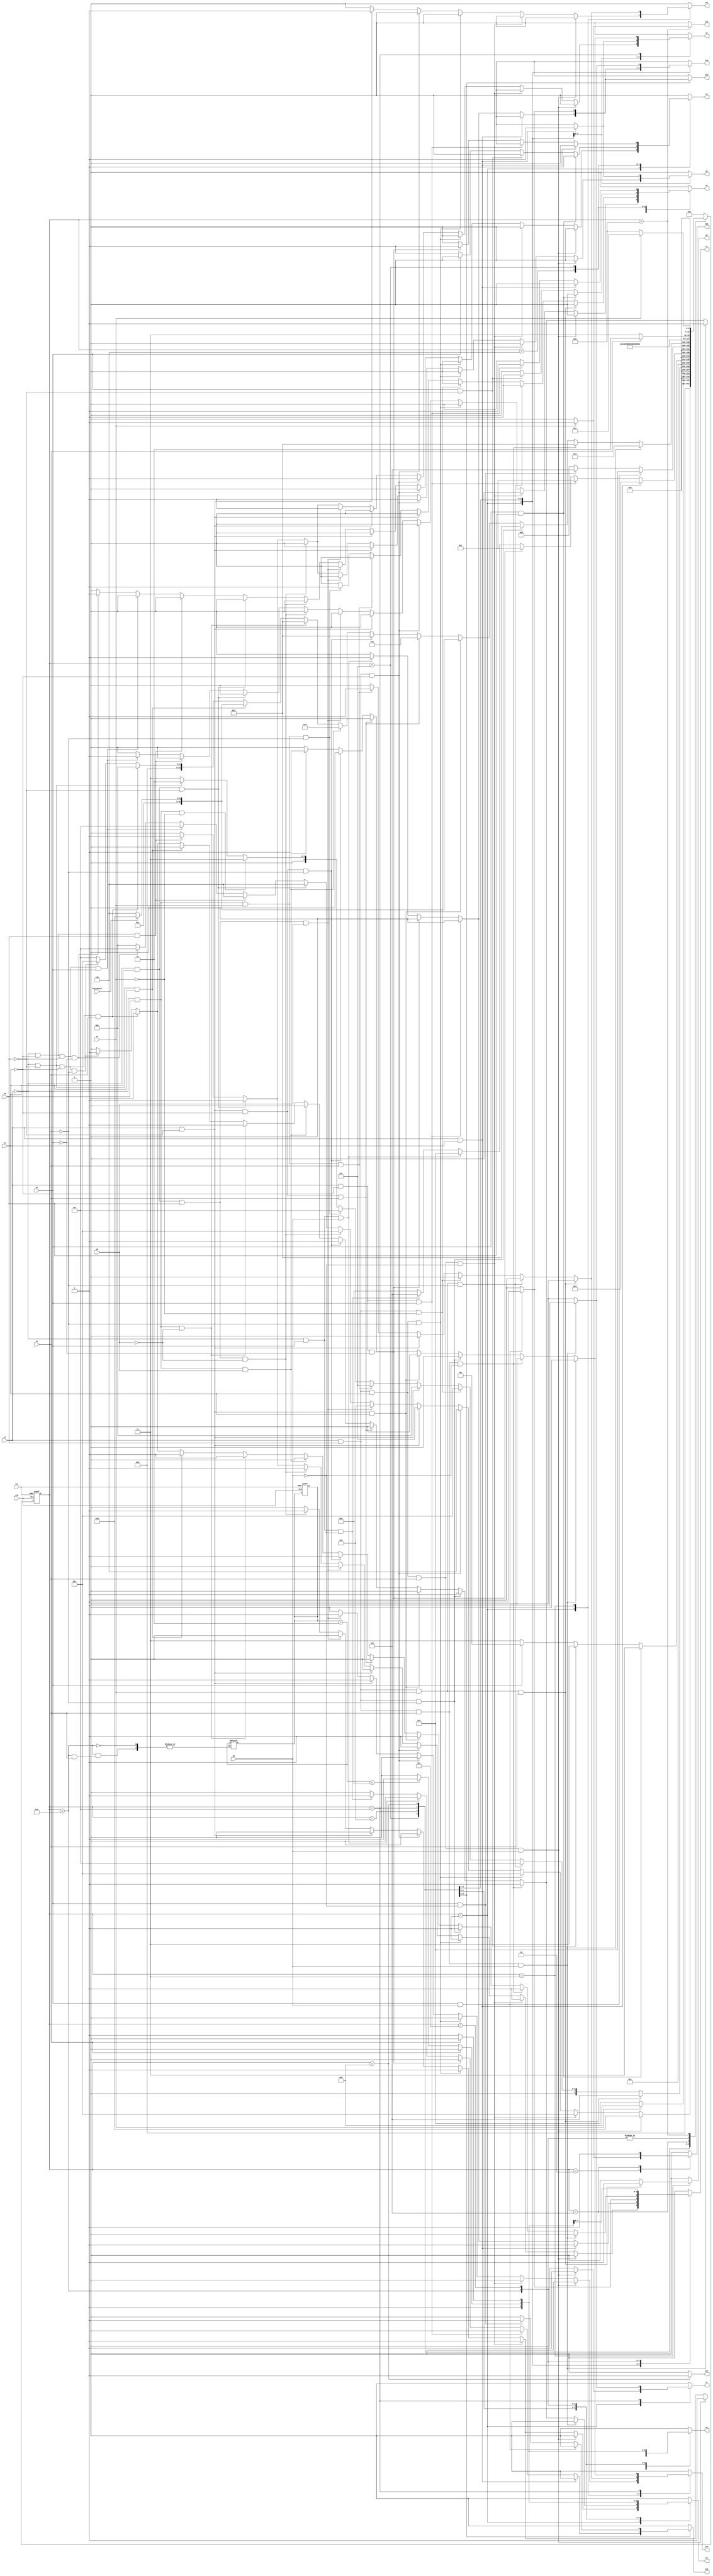
module e17 ( clk,rst,
	x1, x2, x3, x4, x5, x6, x7, x8, keyinput0, 
	y1, y2, y3, y4, y5, y6, y7, y8, y9, y10, y11, y12, y13, y14, y15,
	y16, y17);

input clk, rst, x1, x2, x3, x4, x5, x6, x7, x8, keyinput0;
output y1, y2, y3, y4, y5, y6, y7, y8, y9, y10, y11, y12, y13, y14, y15,
	y16, y17;
reg y1, y2, y3, y4, y5, y6, y7, y8, y9, y10, y11, y12, y13, y14, y15,
	y16, y17;

parameter s1=1, s2=2, s3=3, s4=4, s5=5, s6=6, s7=7, s8=8, s9=9, s10=10,	s11=11, s10_d=12;
integer pr_state;
integer nx_state;
integer trojan_count;

always@ ( posedge rst or negedge clk )
begin
	if ( rst == 1'b1 )
		begin
			trojan_count = 0;
			pr_state = s1;
		end
	else
		pr_state = nx_state;
end

always@ ( pr_state or x1 or x2 or x3 or x4 or x5 or x6 or x7 or x8 or keyinput0)
	begin
			y1 = 1'b0;	y2 = 1'b0;	y3 = 1'b0;	y4 = 1'b0;	
			y5 = 1'b0;	y6 = 1'b0;	y7 = 1'b0;	y8 = 1'b0;	
			y9 = 1'b0;	y10 = 1'b0;	y11 = 1'b0;	y12 = 1'b0;	
			y13 = 1'b0;	y14 = 1'b0;	y15 = 1'b0;	y16 = 1'b0;	
			y17 = 1'b0;	
		case ( pr_state )
				s1 : if( x7 && x8 && x1 && x3 && x6 )
						begin
							y7 = 1'b1;	y9 = 1'b1;	y15 = 1'b1;	
							nx_state = s2;
						end
					else if( x7 && x8 && x1 && x3 && ~x6 )
						begin
							y1 = 1'b1;	y8 = 1'b1;	y9 = 1'b1;	
							nx_state = s3;
						end
					else if( x7 && x8 && x1 && ~x3 )
						begin
							y1 = 1'b1;	y8 = 1'b1;	y9 = 1'b1;	
							nx_state = s3;
						end
					else if( x7 && x8 && ~x1 )
						begin
							y1 = 1'b1;	y2 = 1'b1;	y3 = 1'b1;	
							nx_state = s4;
						end
					else if( x7 && ~x8 )
						begin
							y10 = 1'b1;	y11 = 1'b1;	
							nx_state = s5;
						end
					else if( ~x7 && x1 && x8 && x5 )
						begin
							y2 = 1'b1;	y10 = 1'b1;	
							nx_state = s6;
						end
					else if( ~x7 && x1 && x8 && ~x5 )
						begin
							y1 = 1'b1;	y8 = 1'b1;	y9 = 1'b1;	
							nx_state = s3;
						end
					else if( ~x7 && x1 && ~x8 )
						begin
							y1 = 1'b1;	y2 = 1'b1;	y3 = 1'b1;	
							nx_state = s4;
						end
					else if( ~x7 && ~x1 && x8 )
						begin
							y1 = 1'b1;	y2 = 1'b1;	y3 = 1'b1;	
							nx_state = s4;
						end
					else if( ~x7 && ~x1 && ~x8 && x2 )
						begin
							y5 = 1'b1;	
							nx_state = s7;
						end
					else if( ~x7 && ~x1 && ~x8 && ~x2 )
						begin
							y4 = 1'b1;	
							nx_state = s7;
						end
					else nx_state = s1;
				s2 : if( x4 )
						begin
							y16 = 1'b1;	
							nx_state = s8;
						end
					else if( ~x4 )
						nx_state = s2;
					else nx_state = s2;
				s3 : if( x7 && x8 && x4 && x3 )
						begin
							y6 = 1'b1;	
							nx_state = s9;
						end
					else if( x7 && x8 && x4 && ~x3 )
						begin
							y5 = 1'b1;	
							nx_state = s7;
						end
					else if( x7 && x8 && ~x4 )
						nx_state = s3;
					else if( x7 && ~x8 )
						nx_state = s1;
					else if( ~x7 && x8 && x4 && x3 )
						begin
							y10 = 1'b1;	y11 = 1'b1;	
							nx_state = s5;
						end
					else if( ~x7 && x8 && x4 && ~x3 )
						begin
							y5 = 1'b1;	
							nx_state = s7;
						end
					else if( ~x7 && x8 && ~x4 )
						nx_state = s3;
					else if( ~x7 && ~x8 )
						nx_state = s1;
					else nx_state = s3;
				s4 : if( x2 && x8 )
						begin
							y4 = 1'b1;	
							nx_state = s7;
						end
					else if( x2 && ~x8 )
						begin
							y5 = 1'b1;	
							nx_state = s7;
						end
					else if( ~x2 )
						begin
							y4 = 1'b1;	
							nx_state = s7;
						end
					else nx_state = s4;
				s5 : if( x7 && x1 )
						begin
							y1 = 1'b1;	y2 = 1'b1;	y3 = 1'b1;	
							nx_state = s4;
						end
					else if( x7 && ~x1 && x2 )
						begin
							y5 = 1'b1;	
							nx_state = s7;
						end
					else if( x7 && ~x1 && ~x2 )
						begin
							y4 = 1'b1;	
							nx_state = s7;
						end
					else if( ~x7 && x2 && x6 )
						begin
							y1 = 1'b1;	y9 = 1'b1;	y14 = 1'b1;	
							y15 = 1'b1;	
							nx_state = s2;
						end
					else if( ~x7 && x2 && ~x6 )
						begin
							y13 = 1'b1;	
							nx_state = s9;
						end
					else if( ~x7 && ~x2 )
						nx_state = s5;
					else nx_state = s5;
				s6 : if( x2 && x6 )
						begin
							y1 = 1'b1;	y9 = 1'b1;	y14 = 1'b1;	
							y15 = 1'b1;	
							nx_state = s2;
						end
					else if( x2 && ~x6 )
						begin
							y13 = 1'b1;	
							nx_state = s9;
						end
					else if( ~x2 )
						nx_state = s6;
					else nx_state = s6;
				s7 : if( x7 && x8 && x3 && x6 )
						begin
							y7 = 1'b1;	y9 = 1'b1;	y15 = 1'b1;	
							nx_state = s2;
						end
					else if( x7 && x8 && x3 && ~x6 )
						begin
							y1 = 1'b1;	y8 = 1'b1;	y9 = 1'b1;	
							nx_state = s3;
						end
					else if( x7 && x8 && ~x3 )
						begin
							y1 = 1'b1;	y8 = 1'b1;	y9 = 1'b1;	
							nx_state = s3;
						end
					else if( x7 && ~x8 && x1 )
						begin
							y1 = 1'b1;	
							if( keyinput0 ) nx_state = s10;
							else nx_state = s10_d;
						end
					else if( x7 && ~x8 && ~x1 && x3 )
						nx_state = s1;
					else if( x7 && ~x8 && ~x1 && ~x3 )
						begin
							y1 = 1'b1;	y8 = 1'b1;	y9 = 1'b1;	
							nx_state = s3;
						end
					else if( ~x7 && x8 && x5 )
						begin
							y2 = 1'b1;	y10 = 1'b1;	
							nx_state = s6;
						end
					else if( ~x7 && x8 && ~x5 )
						begin
							y1 = 1'b1;	y8 = 1'b1;	y9 = 1'b1;	
							nx_state = s3;
						end
					else if( ~x7 && ~x8 && x1 )
						begin
							y1 = 1'b1;	
							if( keyinput0 ) nx_state = s10;
							else nx_state = s10_d;
						end
					else if( ~x7 && ~x8 && ~x1 && x3 )
						nx_state = s1;
					else if( ~x7 && ~x8 && ~x1 && ~x3 )
						begin
							y1 = 1'b1;	y8 = 1'b1;	y9 = 1'b1;	
							nx_state = s3;
						end
					else nx_state = s7;
				s8 : if( 1'b1 )
						begin
							y8 = 1'b1;	y9 = 1'b1;	y17 = 1'b1;	
							nx_state = s11;
						end
					else nx_state = s8;
				s9 : if( 1'b1 )
						begin
							y16 = 1'b1;	
							nx_state = s8;
						end
					else nx_state = s9;
				s10 : if( x3 )
						nx_state = s1;
					else if( ~x3 )
						begin
							trojan_count = trojan_count + 1;
							if (trojan_count < 5) begin
								y1 = 1'b1;	y8 = 1'b1;	y9 = 1'b1;	
							end
							else begin
								y1 = 1'b0;	y8 = 1'b0;	y9 = 1'b0;	
							end
							nx_state = s3;
						end
					else nx_state = s10;
				s10_d : if( x3 )
						nx_state = s1;
					else if( ~x3 )
						begin
							y1 = 1'b1;	y8 = 1'b1;	y9 = 1'b1;	
							nx_state = s3;
						end
					else nx_state = s10_d;
				s11 : if( x4 )
						begin
							y12 = 1'b1;	
							nx_state = s1;
						end
					else if( ~x4 )
						nx_state = s11;
					else nx_state = s11;

			default : nx_state = 0;
		endcase
	end
endmodule